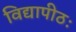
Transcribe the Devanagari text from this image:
विद्यापीठः